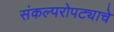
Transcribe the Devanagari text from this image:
संकल्परोपट्याचे